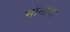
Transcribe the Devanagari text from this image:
मोमाया